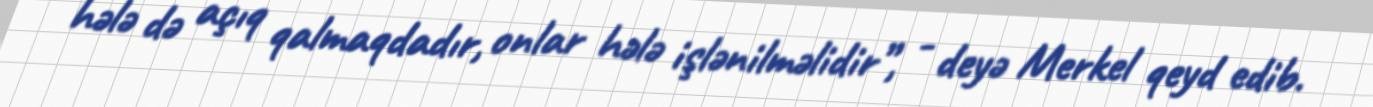
hələ də açıq qalmaqdadır, onlar hələ işlənilməlidir”, - deyə Merkel qeyd edib.